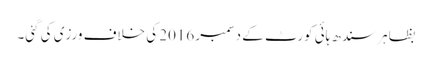
بظاہر سندھ ہائی کورٹ کے دسمبر 2016 کی خلاف ورزی کی گئی۔